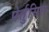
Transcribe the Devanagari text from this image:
पेर्तुसिस